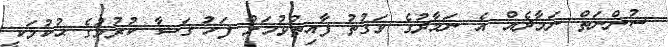
ސުންނަތް ނަމާދެއް އެ ނަމާދުގެ ވަގުތު ފާއިތުވުމަށް ފަހު ޤަޟާ ކުރުމުގެ ޙުކުމަކީ